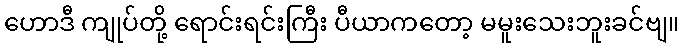
ဟောဒီ ကျုပ်တို့ ရောင်းရင်းကြီး ပီယာကတော့ မမူးသေးဘူးခင်ဗျ။